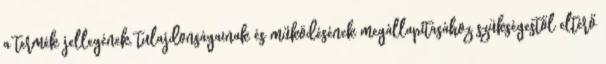
a termék jellegének, tulajdonságainak és működésének megállapításához szükségestől eltérő